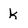
Character: k